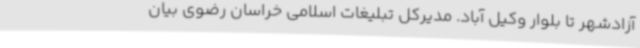
آزادشهر تا بلوار وکیل آباد. مدیرکل تبلیغات اسلامی خراسان رضوی بیان